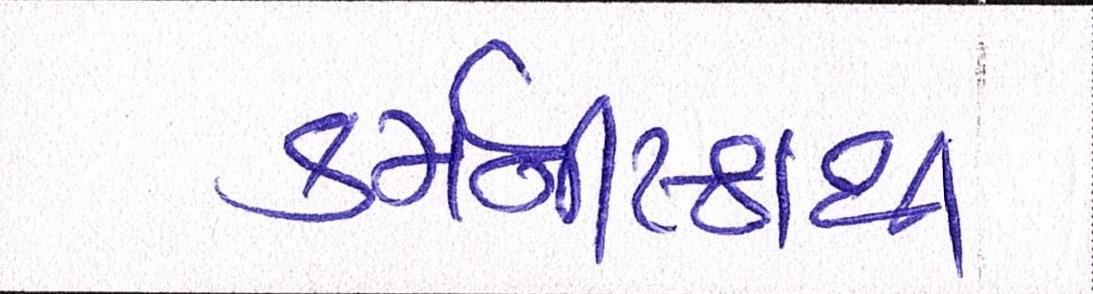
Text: કર્મનીષ્ઠાથી